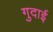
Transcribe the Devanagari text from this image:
गुदाई